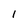
Character: 1